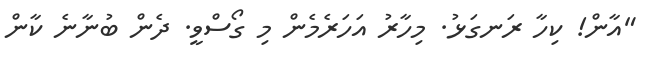
"އާން! ކިހާ ރަނގަޅު. މިހާރު އަހަރެމެން މި ގޯސްވީ. ދެން ބުނާނެ ކާން